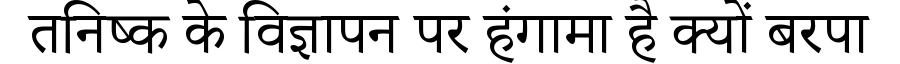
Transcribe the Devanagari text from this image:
तनिष्क के विज्ञापन पर हंगामा है क्यों बरपा